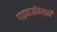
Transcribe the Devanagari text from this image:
गाइवाज़ोवस्की